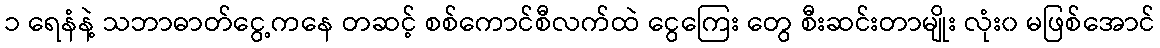
၁ ရေနံနဲ့ သဘာဓာတ်ငွေ့ကနေ တဆင့် စစ်ကောင်စီလက်ထဲ ငွေကြေး တွေ စီးဆင်းတာမျိုး လုံး၀ မဖြစ်အောင်